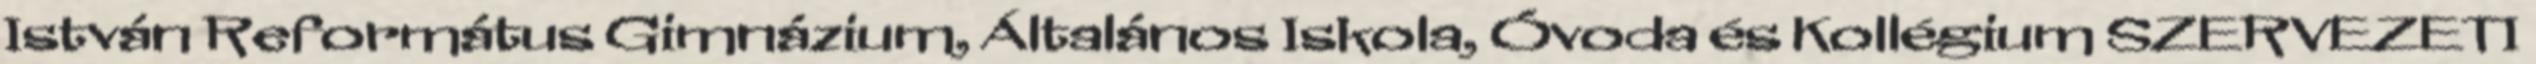
István Református Gimnázium, Általános Iskola, Óvoda és Kollégium SZERVEZETI